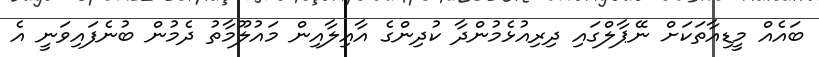
ބައެއް މީޑިއާތަކަށް ނޭޕާލްގައި ދިރިއުޅެމުންދާ ކުދިންގެ އާއިލާއިން މައުލޫމާތު ދެމުން ބުނެފައިވަނީ އެ